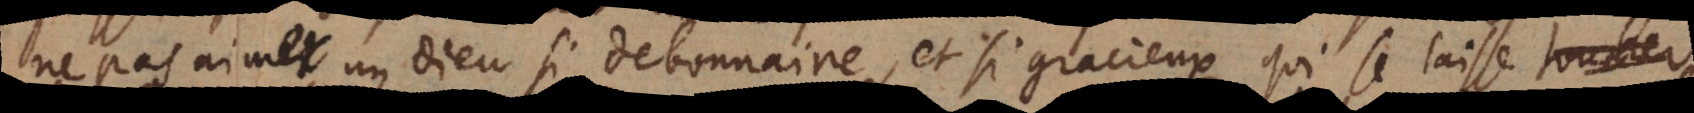
ne pas aimer un Dieu si debonnaire, et si gracieux qui se laisse toucher